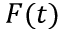
F ( t )